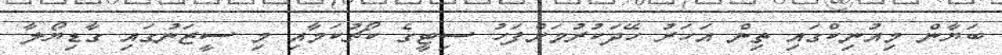
ބަޔާން މިއުނިކްގައި ތިން އަހަރު ހޭދަކުރުމަށްފަހު ސިޓީގެ ކޯޗުކަމާއި މި ސީޒަނުގައި ގާޑިޔޯލާ